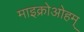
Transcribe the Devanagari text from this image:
माइक्रोओहम्‌